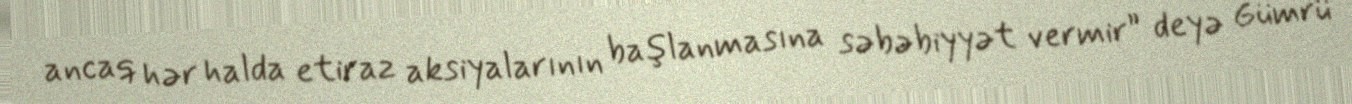
ancaq hər halda etiraz aksiyalarının başlanmasına səbəbiyyət vermir” deyə Gümrü